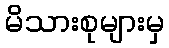
မိသားစုများမှ